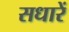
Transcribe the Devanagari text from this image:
सधारें